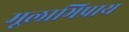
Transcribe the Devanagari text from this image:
मूलाभिप्राय